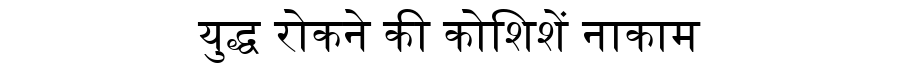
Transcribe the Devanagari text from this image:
युद्ध रोकने की कोशिशें नाकाम